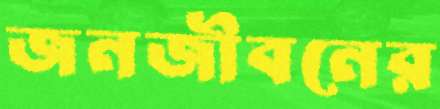
জনজীবনের